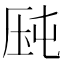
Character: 𰆛